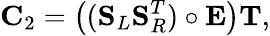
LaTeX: \mathbf{C}_{2}=\left((\mathbf{S}_{L}\mathbf{S}_{R}^{T})\circ\mathbf{E}\right)\mathbf{T},